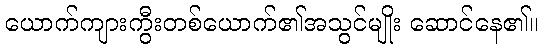
ယောက်ကျားကွီးတစ်ယောက်၏အသွင်မျိုး ဆောင်နေ၏။